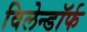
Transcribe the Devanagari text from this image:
विलेन्डॉर्फ